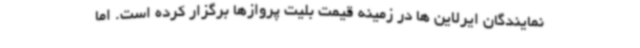
نمایندگان ایرلاین ها در زمینه قیمت بلیت پروازها برگزار کرده است. اما